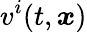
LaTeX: v^{i}(t,\boldsymbol{x})